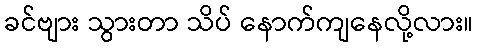
ခင်ဗျား သွားတာ သိပ် နောက်ကျနေလို့လား။